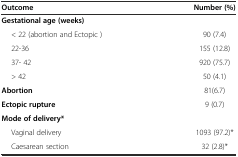
<table><thead><tr><td><b>Outcome</b></td><td><b>Number (%)</b></td></tr></thead><tbody><tr><td><b>Gestational age (weeks)</b></td><td></td></tr><tr><td>&lt; 22 (abortion and Ectopic )</td><td>90 (7.4)</td></tr><tr><td>22-36</td><td>155 (12.8)</td></tr><tr><td>37- 42</td><td>920 (75.7)</td></tr><tr><td>&gt; 42</td><td>50 (4.1)</td></tr><tr><td><b>Abortion</b></td><td>81(6.7)</td></tr><tr><td><b>Ectopic rupture</b></td><td>9 (0.7)</td></tr><tr><td><b>Mode of delivery*</b></td><td></td></tr><tr><td>Vaginal delivery</td><td>1093 (97.2)*</td></tr><tr><td>Caesarean section</td><td>32 (2.8)*</td></tr></tbody></table>